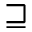
\sqsupseteq